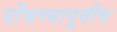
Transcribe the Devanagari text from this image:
पोंचण्यापूर्वीच